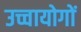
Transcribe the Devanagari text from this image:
उच्चायोगों